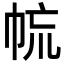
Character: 㡆